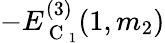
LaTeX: -E_{\mathrm{~C~}_{1}}^{(3)}(1,m_{2})